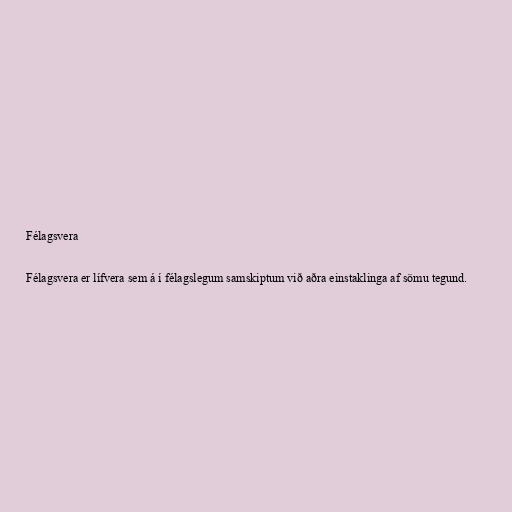
Félagsvera

Félagsvera er lífvera sem á í félagslegum samskiptum við aðra einstaklinga af sömu tegund.